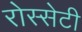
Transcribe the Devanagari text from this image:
रोस्सेटी